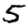
Digit: 5